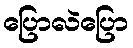
ပြောလဲပြော